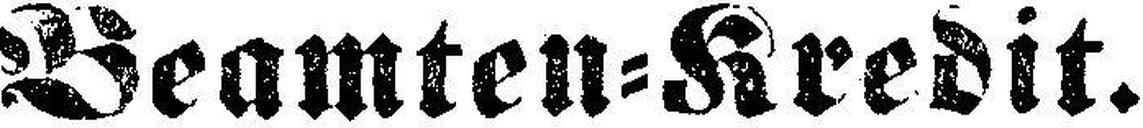
Beamten=Kredit.